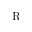
\mathrm { R }